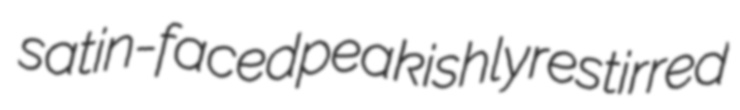
satin-faced peakishly restirred